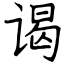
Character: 谒